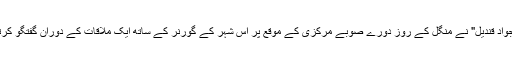
یہ بات "سعید جواد قندیل" نے منگل کے روز دورے صوبے مرکزی کے موقع پر اس شہر کے گورنر کے ساتھ ایک ملاقات کے دوران گفتگو کرتے ہوئے کہی۔